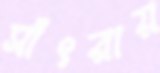
সাঁৎরায়